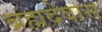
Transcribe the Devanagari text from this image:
ब्रह्मदेवास